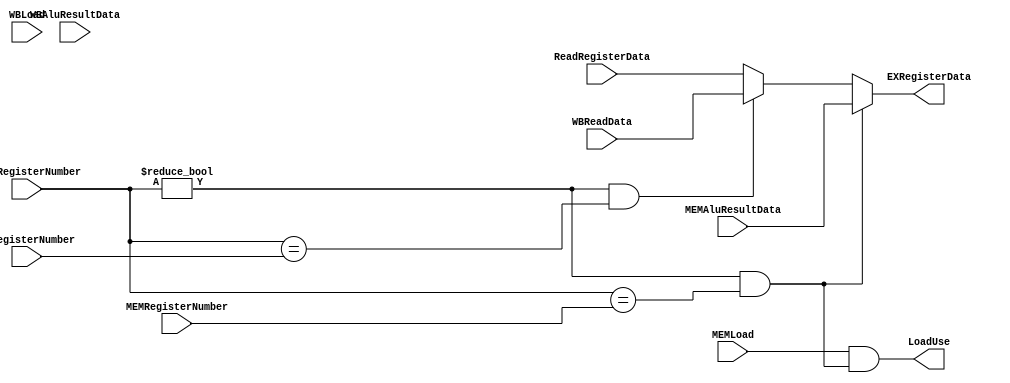
`timescale 1ns / 1ps
//////////////////////////////////////////////////////////////////////////////////
// Version: 2.21 21:13
//
//
//////////////////////////////////////////////////////////////////////////////////


module RedirectionSel
(
input wire [5:0] ReadRegisterNumber,    //
input wire [5:0] MEMRegisterNumber,     //
input wire [5:0] WBRegisterNumber,      //
input wire [31:0] ReadRegisterData,     //
input wire [31:0] MEMAluResultData,     //Alu
input wire [31:0] WBAluResultData,      //Alu
input wire [31:0] WBReadData,           //mem
input wire MEMLoad,                     //Load1load
input wire WBLoad,                      //Load1load
output wire LoadUse,                  //1LoadStore
output wire [31:0] EXRegisterData        //
);
wire sel1, sel2;
assign LoadUse = MEMLoad & sel1;
assign sel1 = ( ReadRegisterNumber != 0 ) & (ReadRegisterNumber == MEMRegisterNumber);
assign sel2 = ( ReadRegisterNumber != 0 ) & (ReadRegisterNumber == WBRegisterNumber);
assign EXRegisterData = sel1 ? MEMAluResultData :
                        (sel2 ? WBReadData :
                        ReadRegisterData);
endmodule